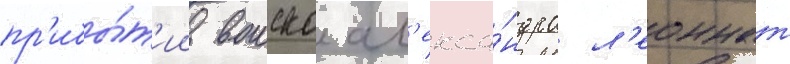
пр'ибы́т'ии воиска ал'екса́ндра л'еоннат